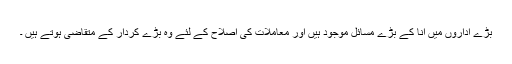
بڑے اداروں میں انا کے بڑے مسائل موجود ہیں اور معاملات کی اصلاح کے لئے وہ بڑے کردار کے متقاضی ہوتے ہیں ۔